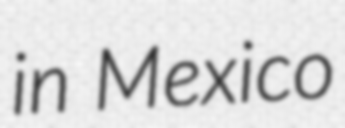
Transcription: in Mexico